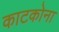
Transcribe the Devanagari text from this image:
काटकोना